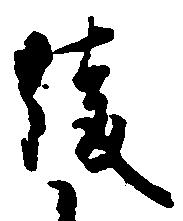
綾